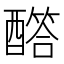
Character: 𨣏